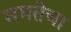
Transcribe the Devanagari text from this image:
ममतेचा